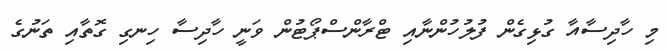
މި ހާދިސާއާ ގުޅިގެން ފުލުހުންނާއި ޓްރާންސްޕޯޓުން ވަނީ ހާދިސާ ހިނގި ގޮތާއި ތަނުގެ